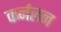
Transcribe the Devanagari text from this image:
कर्नलन